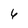
Character: 6